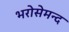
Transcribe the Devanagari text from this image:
भरोसेमन्द